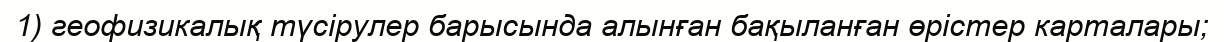
1) геофизикалық түсірулер барысында алынған бақыланған өрістер карталары;